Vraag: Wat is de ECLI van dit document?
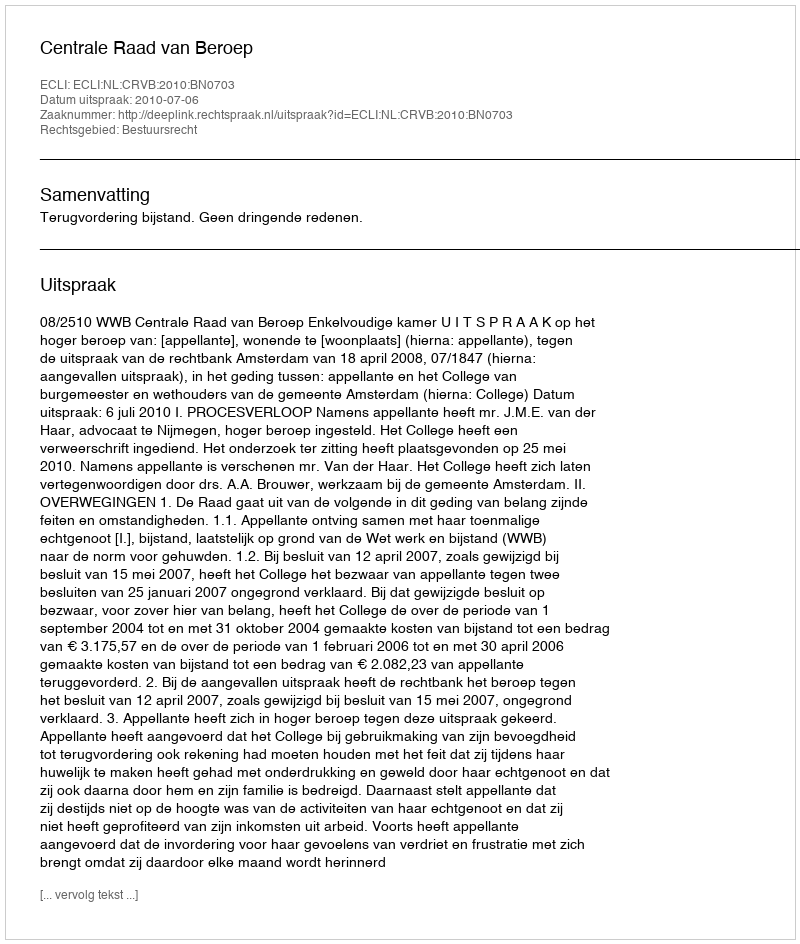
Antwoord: ECLI:NL:CRVB:2010:BN0703